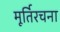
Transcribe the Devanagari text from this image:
मूर्तिरचना